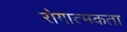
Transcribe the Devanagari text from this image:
रोगात्मकता